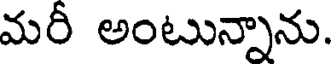
మరీ అంటున్నాను.